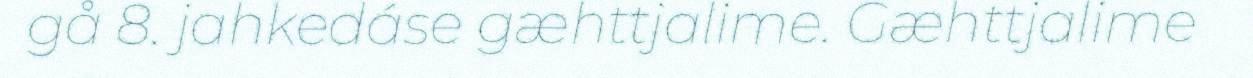
gå 8. jahkedáse gæhttjalime. Gæhttjalime